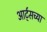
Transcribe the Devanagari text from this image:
आर्ट्‌सच्या